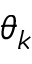
\theta _ { k }